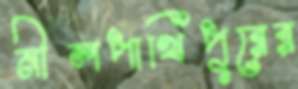
নীলপাখিপুরের